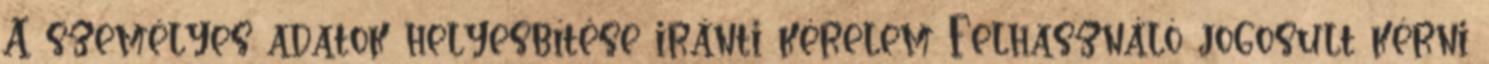
A személyes adatok helyesbítése iránti kérelem Felhasználó jogosult kérni